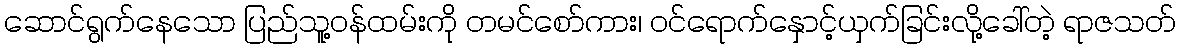
ဆောင်ရွက်နေသော ပြည်သူ့ဝန်ထမ်းကို တမင်စော်ကား၊ ဝင်ရောက်နှောင့်ယှက်ခြင်းလို့ခေါ်တဲ့ ရာဇသတ်